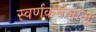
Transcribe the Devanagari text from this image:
स्वर्णकमलालु